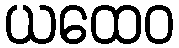
ယထေဝ